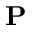
\mathbf { P }